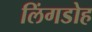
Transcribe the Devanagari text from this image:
लिंगडोह